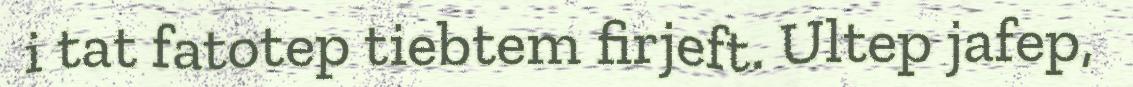
i tat fatotep tiebtem firjeft. Ultep jafep,